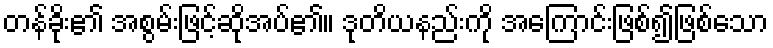
တန်ခိုး၏ အစွမ်းဖြင့်ဆိုအပ်၏။ ဒုတိယနည်းကို အကြောင်းဖြစ်၍ဖြစ်သော